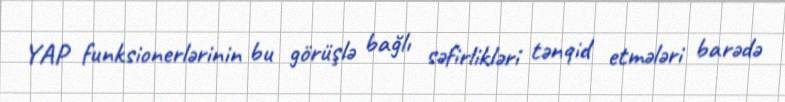
YAP funksionerlərinin bu görüşlə bağlı səfirlikləri tənqid etmələri barədə